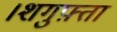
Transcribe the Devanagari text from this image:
।शगुफ़्ता